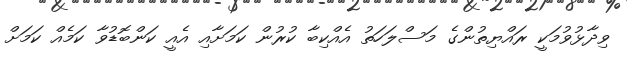
ވިދާޅުވުމަކީ ރައްޔިތުންގެ މަސްލަހަތު އެއްކިބާ ކުރުން ކަމަށާއި އެއީ ކަންބޮޑުވާ ކަމެއް ކަމަށް